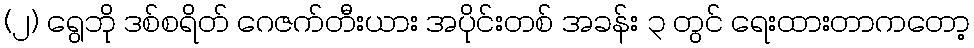
(၂) ရွေဘို ဒစ်စရိတ် ဂေဇက်တီးယား အပိုင်းတစ် အခန်း ၃ တွင် ရေးထားတာကတော့